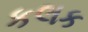
કલક